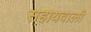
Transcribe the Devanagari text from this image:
सहायवाली